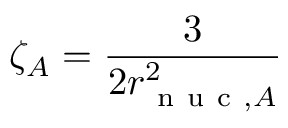
\zeta _ { A } = \frac { 3 } { 2 r _ { \mathrm { ~ n ~ u ~ c ~ } , A } ^ { 2 } }